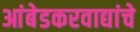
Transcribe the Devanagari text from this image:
आंबेडकरवाद्यांचे